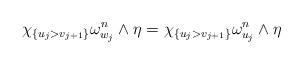
LaTeX: \begin{align*}\chi_{\{u_j>v_{j+1}\}}\omega^n_{w_j}\wedge \eta=\chi_{\{u_j>v_{j+1}\}}\omega^n_{u_j}\wedge \eta\end{align*}